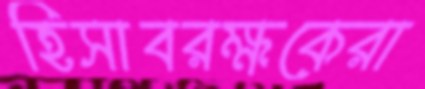
হিসাবরক্ষকেরা